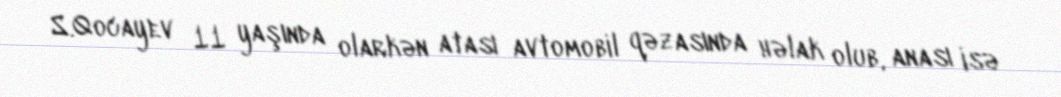
S.Qocayev 11 yaşında olarkən atası avtomobil qəzasında həlak olub, anası isə